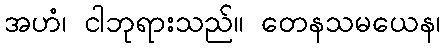
အဟံ၊ ငါဘုရားသည်။ တေနသမယေန၊